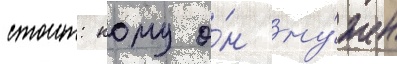
стоит: кому о́н ну́жен